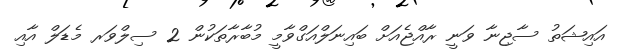
އައިޝަތު ސާޖިނާ ވަނީ ރާއްޖެއަށް ބައިނަލްއަގްވާމީ މުބާރާތަކުން 2 ސިލްވަރ މެޑަލް އާއި